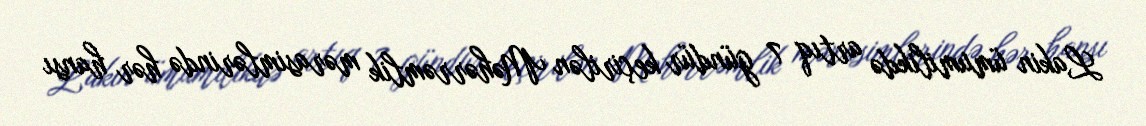
Lakin ümumilikdə artıq 7 gündür keçirilən Məhərrəmlik mərasimlərində hər hansı